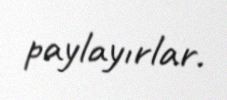
paylayırlar.